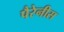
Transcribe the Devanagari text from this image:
पैरेनीस